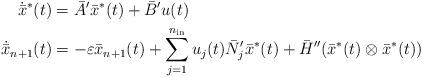
LaTeX: \begin{align*} \dot{\bar{x}}^*(t) & = \bar{A}' \bar{x}^*(t) + \bar{B}' u(t) \\ \dot{\bar{x}}_{n+1}(t) & = -\varepsilon \bar{x}_{n+1}(t) + \displaystyle \sum_{j=1}^{n_{\rm in}} u_j(t) \bar{N}_j' \bar{x}^*(t) + \bar{H}'' ( \bar{x}^*(t) \otimes \bar{x}^*(t) ) \end{align*}